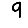
Digit: 9